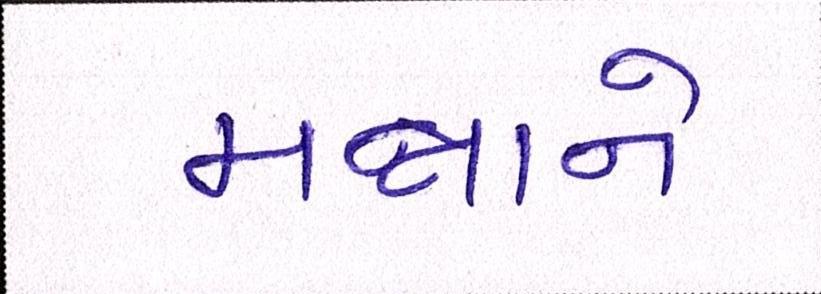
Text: મન્નાને